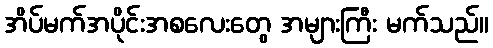
အိပ်မက်အပိုင်းအစလေးတွေ အများကြီး မက်သည်။